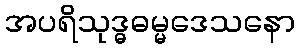
အပရိသုဒ္ဓဓမ္မဒေသနော